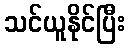
သင်ယူနိုင်ပြီး